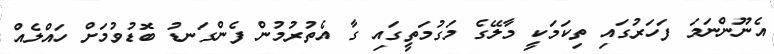
އެނޫންނަމަ ފަހަރުގައި ތިކަމަކީ މާލޭގެ މަގުމަތީގައި ގާ އެތުރުމުން ފެންގަނޑު ބޮޑުވުމަށް ހައްލެއް